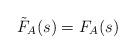
LaTeX: \begin{align*} \tilde{F}_{A} (s) = F_{A} (s)\end{align*}